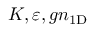
K , \varepsilon , g n _ { \mathrm { 1 D } }